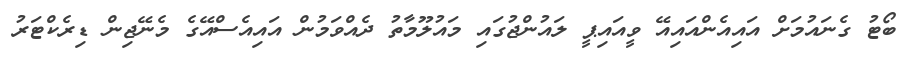
ބޯޓު ގެނައުމަށް އައިއެންއައިއޭ ވީއައިޕީ ލައުންޖުގައި މައުލޫމާތު ދެއްވަމުން އައިއެސްއޭގެ މެނޭޖިން ޑިރެކްޓަރު